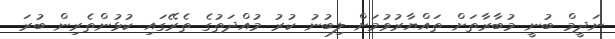
ނަދީމް ބުނީ މުބާރާތަށް ތައްޔާރުވުމަށް ލިބުނު ކުރު މުއްދަތުގެ ތެރޭގައި ކުޅުންތެރިން ބުރަ